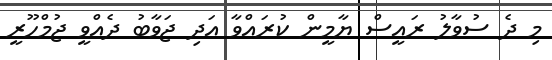
މި ދެ ސުވާލު ރައީސް ޔާމީން ކުރައްވާ އަދި ޖަވާބު ދެއްވީ ޖުމްހޫރީ